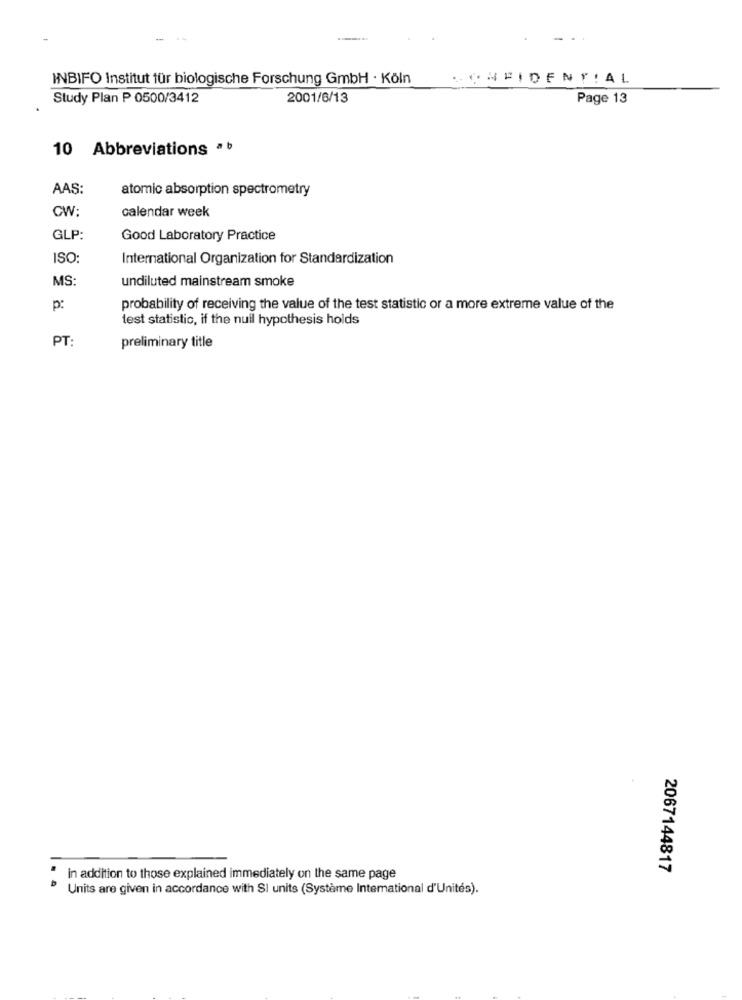
INBIFO Institut für biologische Forschung GmbH · Köln
.. CHEIDENT!AL
Study Plan P 0500/3412
2001/6/13
Page 13
10 Abbreviations ab
AAŞ:
atomic absorption spectrometry
CW:
calendar week
GLP:
Good Laboratory Practice
ISO:
International Organization for Standardization
MS:
undiluted mainstream smoke
p:
probability of receiving the value of the test statistic or a more extreme value of the
test statistic, if the null hypothesis holds
PT
preliminary title
2067144817
in addition to those explained immediately on the same page
Units are given in accordance with SI units (Système International d'Unités).